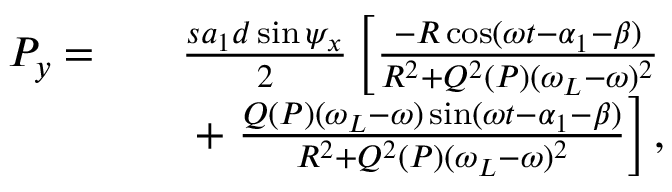
\begin{array} { r l r } { ~ P _ { y } = } & { } & { \frac { s a _ { 1 } d \sin \psi _ { x } } { 2 } \left[ \frac { - R \cos ( \omega t - \alpha _ { 1 } - \beta ) } { R ^ { 2 } + Q ^ { 2 } ( P ) ( \omega _ { L } - \omega ) ^ { 2 } } \right. } \\ & { } & { + \left. \frac { Q ( P ) ( \omega _ { L } - \omega ) \sin ( \omega t - \alpha _ { 1 } - \beta ) } { R ^ { 2 } + Q ^ { 2 } ( P ) ( \omega _ { L } - \omega ) ^ { 2 } } \right] , } \end{array}